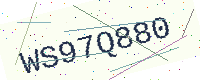
Text: WS97Q880